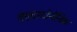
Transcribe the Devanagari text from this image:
क्लास्टोजेनिक